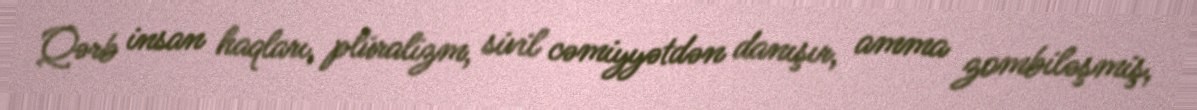
Qərb insan haqları, plüralizm, sivil cəmiyyətdən danışır, amma zombiləşmiş,